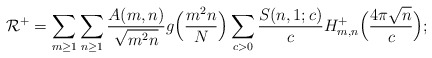
\begin{align*}\mathcal{R}^+ =\sum_{m \geq 1} \sum_{n \geq 1} \frac{A(m,n)}{\sqrt{m^2 n}} g\Big(\frac{m^2 n}{N}\Big)\sum_{c > 0} \frac{S(n,1;c)}{c} H_{m,n}^+ \Big( \frac{4\pi \sqrt{n}}{c} \Big);\end{align*}